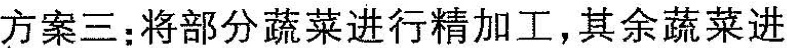
方案三：将部分蔬菜进行精加工，其余蔬菜进